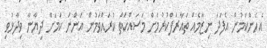
އެހެންކަމުން އެފަދަ ނިޒާމެއް ތައާރަފްކުރުމަށް މަސައްކަތް ކުރައްވަމުން އަންނަ ކަމަށް ދިޔާނާ ވިދާޅުވި